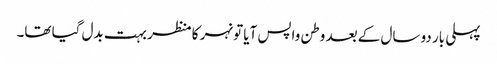
پہلی بار دو سال کے بعد وطن واپس آیا تو نہر کا منظر بہت بدل گیا تھا۔